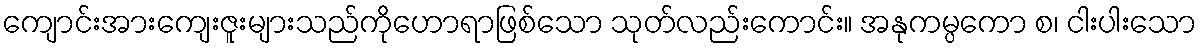
ကျောင်းအားကျေးဇူးများသည်ကိုဟောရာဖြစ်သော သုတ်လည်းကောင်း။ အနုကမ္ပကော စ၊ ငါးပါးသော